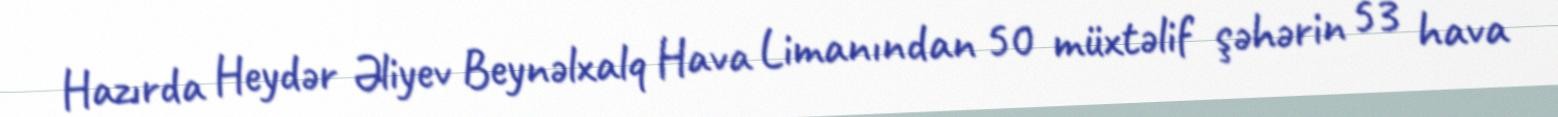
Hazırda Heydər Əliyev Beynəlxalq Hava Limanından 50 müxtəlif şəhərin 53 hava